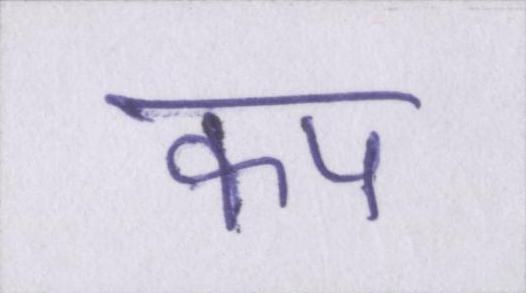
कप